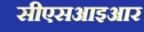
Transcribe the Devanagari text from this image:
सीएसआइआर